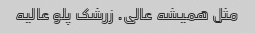
مثل همیشه عالی. زرشک پلو عالیه